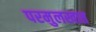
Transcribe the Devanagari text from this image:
परमुलखात